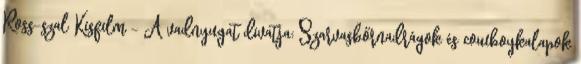
Ross-szal Kisfilm - A vadnyugat divatja: Szarvasbőrnadrágok és cowboykalapok